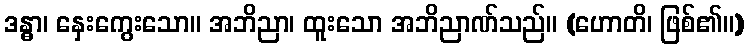
ဒန္ဓာ၊ နှေးကွေးသော။ အဘိညာ၊ ထူးသော အဘိညာဏ်သည်။ (ဟောတိ၊ ဖြစ်၏။)